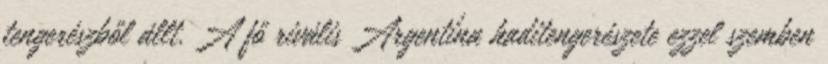
tengerészből állt. A fő rivális Argentína haditengerészete ezzel szemben